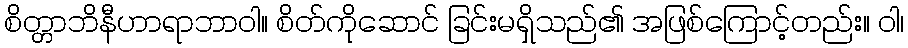
စိတ္တာဘိနီဟာရာဘာဝါ။ စိတ်ကိုဆောင် ခြင်းမရှိသည်၏ အဖြစ်ကြောင့်တည်း။ ဝါ၊